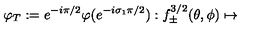
\varphi _ { T } : = e ^ { - i \pi / 2 } \varphi ( e ^ { - i \sigma _ { 1 } \pi / 2 } ) : f _ { \pm } ^ { 3 / 2 } ( \theta , \phi ) \mapsto